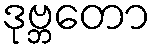
ဒုဗ္ဘတော